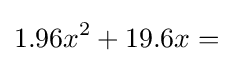
1.96x^{2}+19.6x=